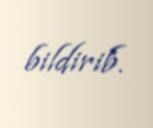
bildirib.